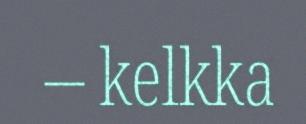
– kelkka